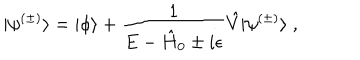
LaTeX: | \psi ^ { ( \pm ) } \rangle = | \phi \rangle + \frac { 1 } { E - \hat { H } _ { 0 } \pm i \epsilon } \hat { V } | \psi ^ { ( \pm ) } \rangle \; ,